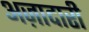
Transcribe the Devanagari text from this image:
अज़ादारी